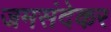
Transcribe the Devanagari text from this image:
जमसंदेकर